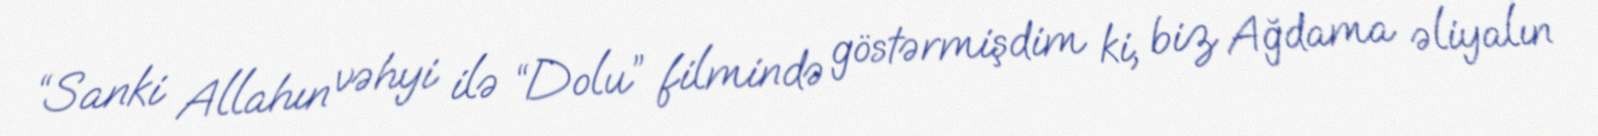
“Sanki Allahın vəhyi ilə “Dolu” filmində göstərmişdim ki, biz Ağdama əliyalın